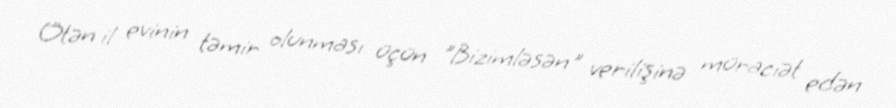
Ötən il evinin təmir olunması üçün "Bizimləsən" verilişinə müraciət edən